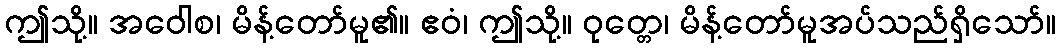
ဤသို့။ အဝေါစ၊ မိန့်တော်မူ၏။ ဧဝံ၊ ဤသို့။ ဝုတ္တေ၊ မိန့်တော်မူအပ်သည်ရှိသော်။